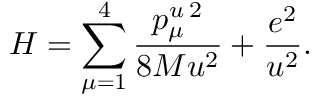
H = \sum _ { \mu = 1 } ^ { 4 } \frac { p _ { \mu } ^ { u } { } ^ { \, 2 } } { 8 M u ^ { 2 } } + \frac { e ^ { 2 } } { u ^ { 2 } } .